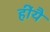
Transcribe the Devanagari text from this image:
हींयै